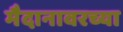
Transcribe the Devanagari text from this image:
मैदानावरच्या